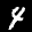
Label: 4